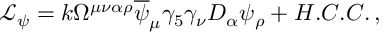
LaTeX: \mathcal { L } _ { \psi } = k \Omega ^ { \mu \nu \alpha \rho } \overline { { { \psi } } } _ { \mu } \gamma _ { 5 } \gamma _ { \nu } D _ { \alpha } \psi _ { \rho } + H . C . C . \, ,